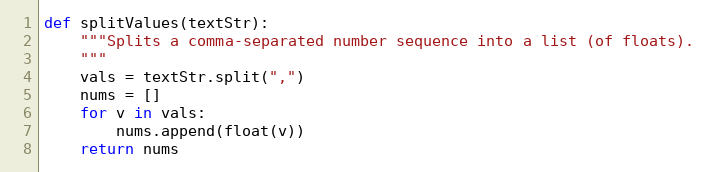
Language: Python
def splitValues(textStr):
    """Splits a comma-separated number sequence into a list (of floats).
    """
    vals = textStr.split(",")
    nums = []
    for v in vals:
        nums.append(float(v))
    return nums